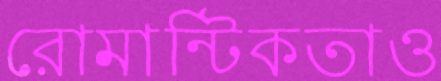
রোমান্টিকতাও